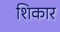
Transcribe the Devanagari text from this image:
शिकार